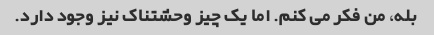
بله، من فکر می کنم. اما یک چیز وحشتناک نیز وجود دارد.